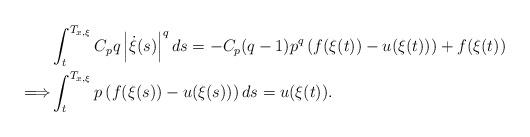
LaTeX: \begin{align*}\begin{aligned} &\int_{t}^{T_{x, \xi}}C_pq\left| \dot{\xi}(s)\right|^qds= -C_p(q-1)p^q\left(f(\xi(t))-u(\xi(t))\right)+f(\xi(t))\\ \Longrightarrow &\int_{t}^{T_{x, \xi}}p\left(f(\xi(s))-u(\xi(s))\right)ds=u(\xi(t)).\end{aligned}\end{align*}